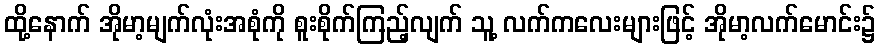
ထို့နောက် အိုမာ့မျက်လုံးအစုံကို စူးစိုက်ကြည့်လျက် သူ့ လက်ကလေးများဖြင့် အိုမာ့လက်မောင်း၌